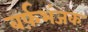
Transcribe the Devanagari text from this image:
बर्फ़भंजक